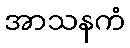
အာသနကံ